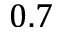
0 . 7